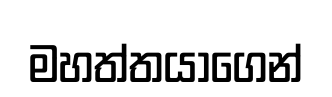
මහත්තයාගෙන්